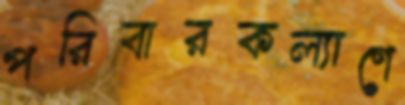
পরিবারকল্যাণে